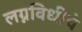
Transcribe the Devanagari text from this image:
लग्नविधीचे